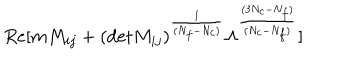
R e [ m M _ { i j } + ( \mathrm { d e t } M _ { i j } ) ^ { \frac { 1 } { ( N _ { f } - N _ { c } ) } } \Lambda ^ { \frac { ( 3 N _ { c } - N _ { f } ) } { ( N _ { c } - N _ { f } ) } } ]